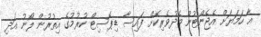
އާ ހަމަޔަށް އެޖެންޓުން މެދުވެރިކޮށް ފައިސާ ޑިޕޮސިޓް ކުރުމުގެ އިތުރުން ލޯނު އަދި